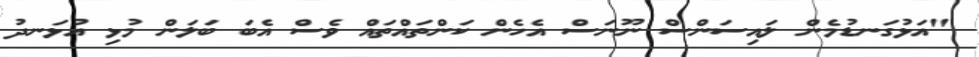
"އަޅުގަނޑުމެން ލައިސަންސް ނޫނަސް އެހެން ކަންތައްތައް ވެސް އެބަ ބަލަން މުޅި އުޅަނދު